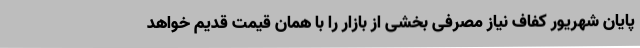
پایان شهریور کفاف نیاز مصرفی بخشی از بازار را با همان قیمت قدیم خواهد